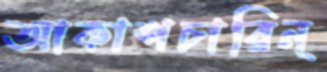
আকাশচারিন্